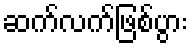
ဆက်လက်ဖြစ်ပွား